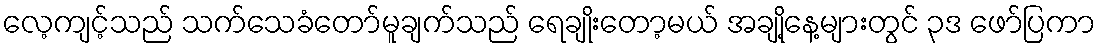
လေ့ကျင့်သည် သက်သေခံတော်မူချက်သည် ရေချိုးတော့မယ် အချို့နေ့များတွင် ၃ဒ ဖော်ပြကာ